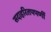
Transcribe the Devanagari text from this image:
सदाहरितपपर्णी